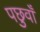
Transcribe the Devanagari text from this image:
पछुवाँ